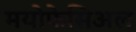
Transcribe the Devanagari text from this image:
मयोफेसिअल